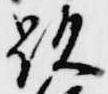
顕